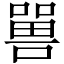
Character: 嘼